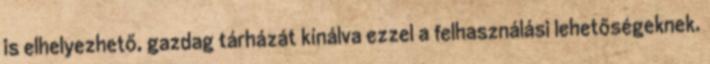
is elhelyezhető, gazdag tárházát kínálva ezzel a felhasználási lehetőségeknek.